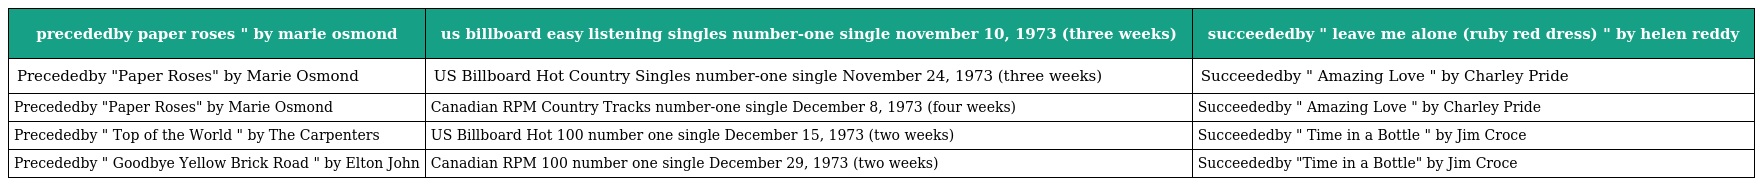
| precededby paper roses " by marie osmond | us billboard easy listening singles number-one single november 10, 1973 (three weeks) | succeededby " leave me alone (ruby red dress) " by helen reddy |
 | --- | --- | --- |
 | Precededby "Paper Roses" by Marie Osmond | US Billboard Hot Country Singles number-one single November 24, 1973 (three weeks) | Succeededby " Amazing Love " by Charley Pride |
 | Precededby "Paper Roses" by Marie Osmond | Canadian RPM Country Tracks number-one single December 8, 1973 (four weeks) | Succeededby " Amazing Love " by Charley Pride |
 | Precededby " Top of the World " by The Carpenters | US Billboard Hot 100 number one single December 15, 1973 (two weeks) | Succeededby " Time in a Bottle " by Jim Croce |
 | Precededby " Goodbye Yellow Brick Road " by Elton John | Canadian RPM 100 number one single December 29, 1973 (two weeks) | Succeededby "Time in a Bottle" by Jim Croce |